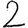
Digit: 2